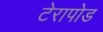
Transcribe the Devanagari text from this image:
टेरापोड